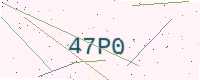
Text: 47P0